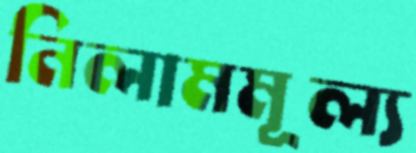
নিলামমূল্য